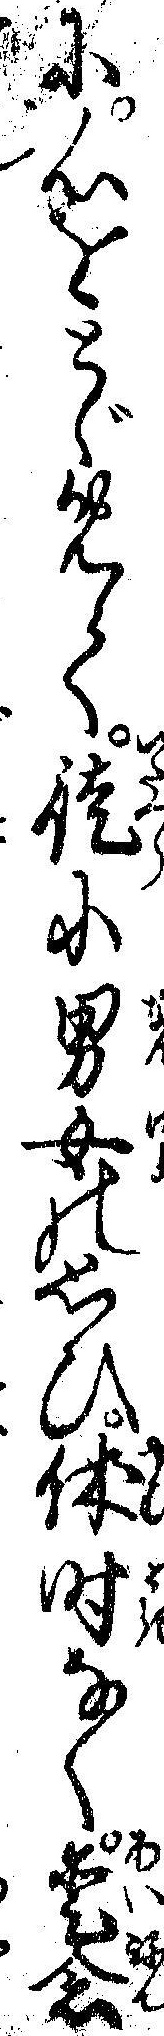
に心をとゞめて徒に男女の思ひ休時なく愛念